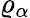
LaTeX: \varrho_{\alpha}